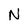
Character: N